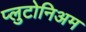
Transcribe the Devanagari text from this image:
प्लुटोनिअम